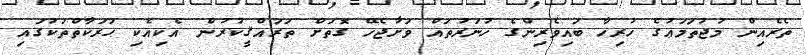
ތެރެއިން މުޖުތަމަޢުގެ ހުރިހާ ބައިވެރިންގެ ހުނަރުތައް ވަށާޖެހޭ ގޮތަށް ތަރައްޤީކުރުން އެކިއެކި ޙަރަކާތްތަކުގައި